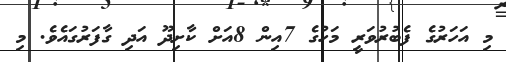
މި އަހަރުގެ ފެބުރުވަރީ މަހުގެ 7އިން 8އަށް ކާށިދޫ އަދި ގާފަރުގައެވެ. މި